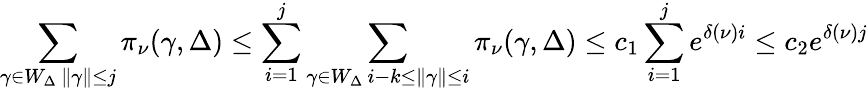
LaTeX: \sum_{\substack{\gamma\in W_{\Delta}\, \| \gamma\| \le j}}\pi_{\nu}(\gamma,\Delta)\le\sum_{i=1}^{j}\sum_{\substack{\gamma\in W_{\Delta}\, i-k\le\| \gamma\| \le i}}\pi_{\nu}(\gamma,\Delta)\le c_{1}\sum_{i=1}^{j}e^{\delta(\nu)i}\leq c_{2}e^{\delta(\nu)j}